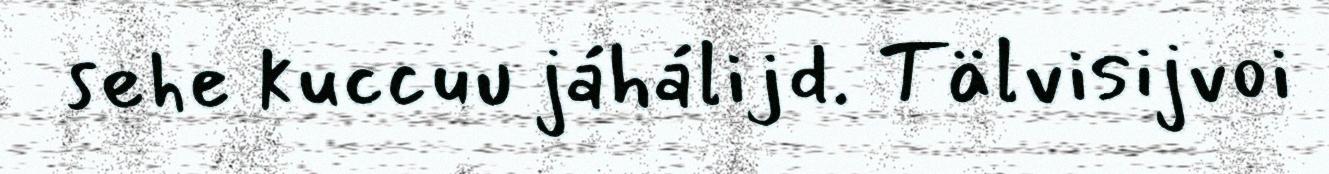
sehe kuccuu jáhálijd. Tälvisijvoi